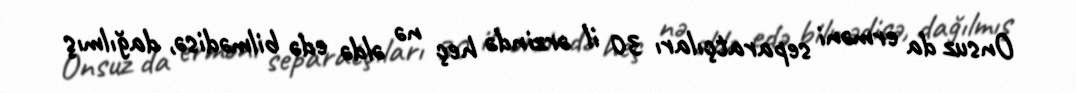
Onsuz da erməni separatçıları 30 il ərzində heç nə əldə edə bilmədisə, dağılmış